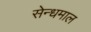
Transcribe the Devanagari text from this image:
सेन्धमाल